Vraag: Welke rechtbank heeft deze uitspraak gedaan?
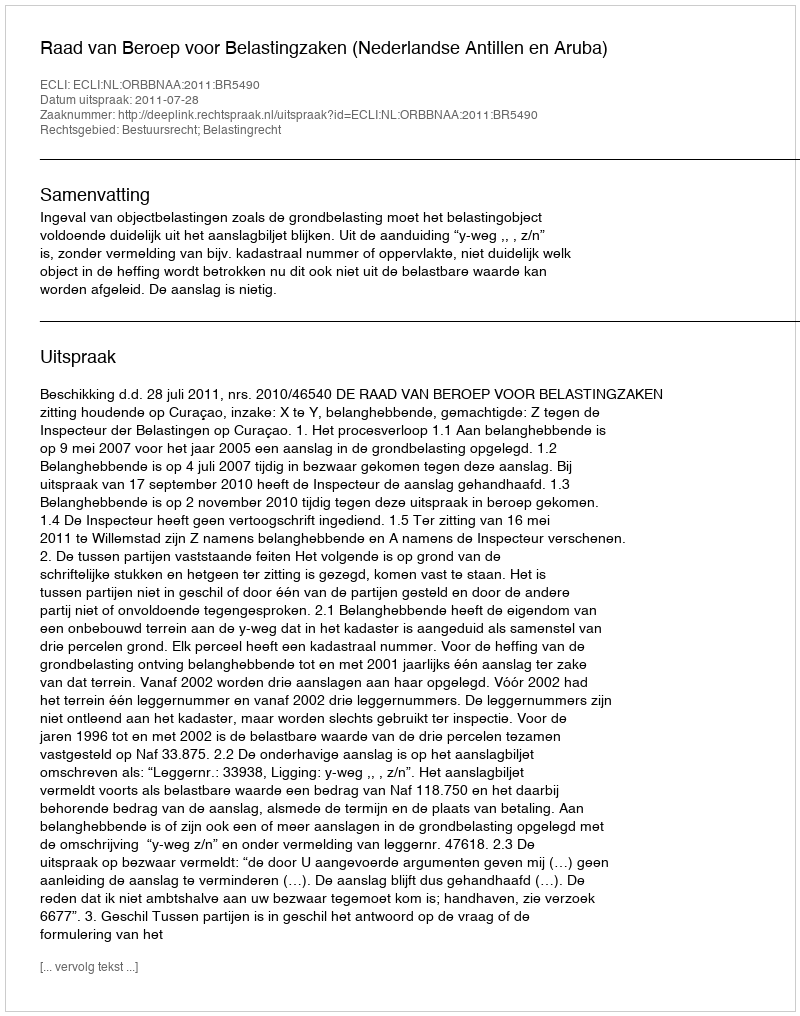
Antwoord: Raad van Beroep voor Belastingzaken (Nederlandse Antillen en Aruba)